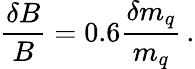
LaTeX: \frac{\delta B}{B}=0.6\frac{\delta m_{q}}{m_{q}}\, .